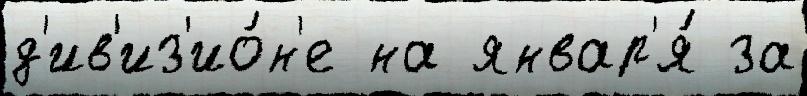
д'ив'из'ио́н'е на январ'я́ за